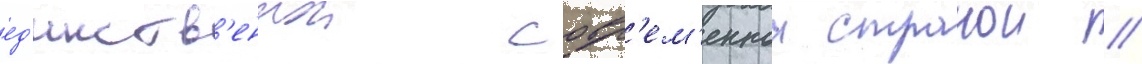
ед'инств'еннои совр'ем'еннои странои /